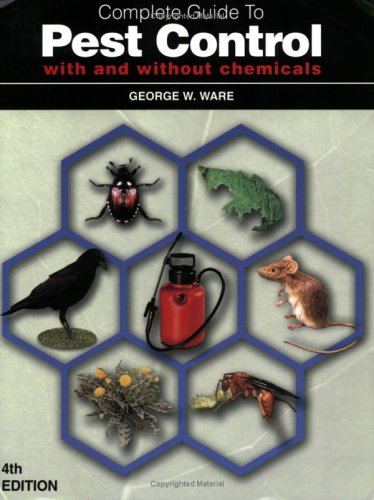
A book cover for Complete Guide to Pest Control with and without chemicals; George W. Ware; Science & Math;